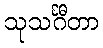
သုသင်္ဂီတာ